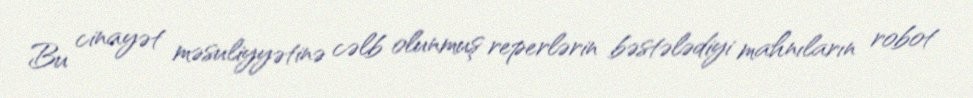
Bu cinayət məsuliyyətinə cəlb olunmuş reperlərin bəstələdiyi mahnıların robot